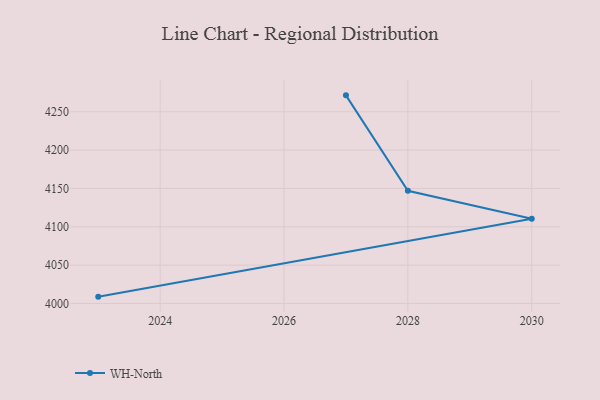
{"axis": {"x": "Year", "y": "Operating Costs (USD K)"}, "legend": ["WH-North"], "data": [{"x": "2023", "y": 4008.9, "type": "WH-North"}, {"x": "2030", "y": 4110.6, "type": "WH-North"}, {"x": "2028", "y": 4147.0, "type": "WH-North"}, {"x": "2027", "y": 4271.4, "type": "WH-North"}]}